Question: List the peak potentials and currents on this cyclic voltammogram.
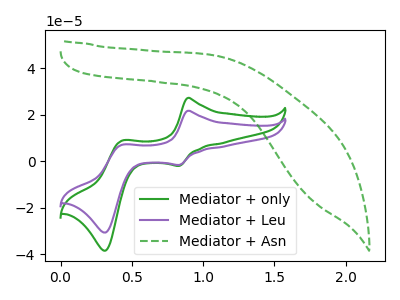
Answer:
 <answer>The green curve "Mediator + only" has anodic peaks at (0.90V, 27.25uA) (0.45V, 8.90uA) and cathodic peaks at (0.85V, -2.00uA) (0.30V, -38.45uA). The purple curve "Mediator + Leu" has anodic peaks at (0.90V, 21.75uA) (0.45V, 7.10uA) and cathodic peaks at (0.85V, -1.60uA) (0.30V, -30.65uA). The green dashed curve "Mediator + Asn" has no peaks.</answer>
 <eval></eval>